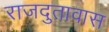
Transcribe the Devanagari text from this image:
राजदुतावास